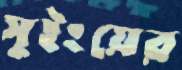
সুইংয়ের